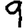
Digit: 9